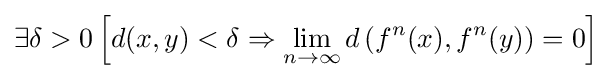
\exists \delta >0\left[d(x,y)<\delta \Rightarrow \lim _{n\to \infty }d\left(f^{n}(x),f^{n}(y)\right)=0\right]